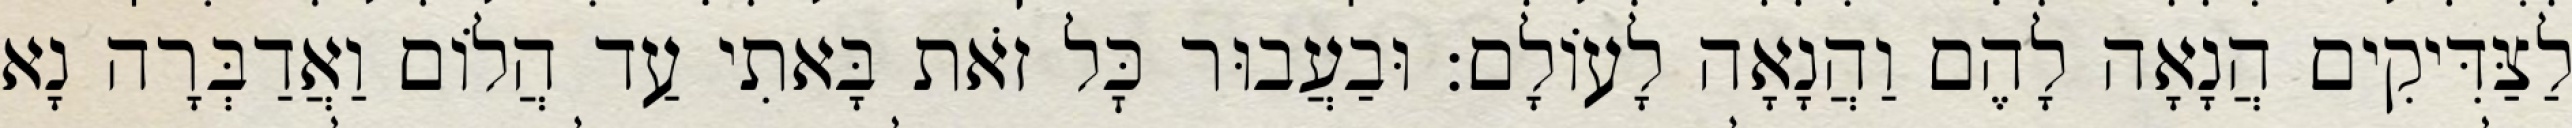
לַצַּדִּיקִים הֲנָאָה לָהֶם וַהֲנָאָה לָעוֹלָם: וּבַעֲבוּר כׇּל זֹאת בָּאתִי עַד הֲלוֹם וַאֲדַבְּרָה נָא